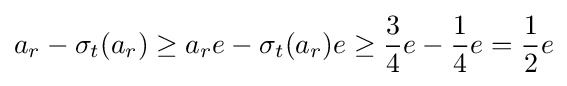
a_{r}-\sigma _{t}(a_{r})\geq a_{r}e-\sigma _{t}(a_{r})e\geq {3 \over 4}e-{1 \over 4}e={1 \over 2}e